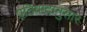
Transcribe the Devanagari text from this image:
प्रतिवादानुसार